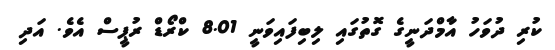
ކުރި ދުވަހު އާމްދަނީގެ ގޮތުގައި ލިބިފައިވަނީ 8.01 ކްރޯޑް ރުޕީސް އެވެ. އަދި